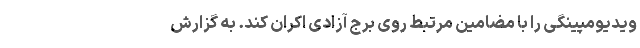
ویدیومپینگی را با مضامین مرتبط روی برج آزادی اکران کند. به گزارش